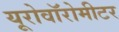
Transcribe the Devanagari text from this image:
यूरोवॉरोमीटर